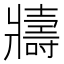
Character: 𭷈